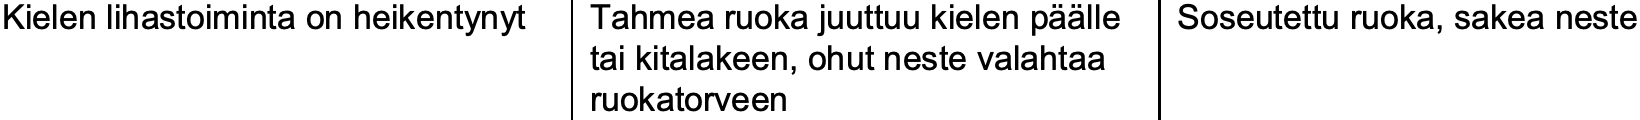
Kielen lihastoiminta on heikentynyt Tahmea ruoka juuttuu kielen päälle Soseutettu ruoka, sakea neste tai kitalakeen, ohut neste valahtaa ruokatorveen